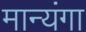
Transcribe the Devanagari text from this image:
मान्यंगा